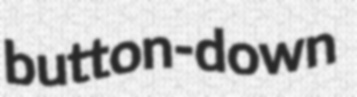
button-down